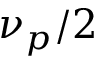
\nu _ { p } / 2